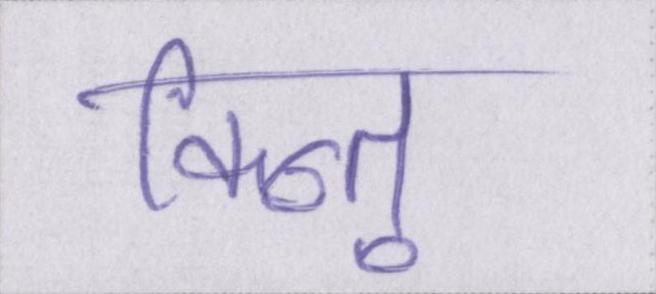
किन्तु